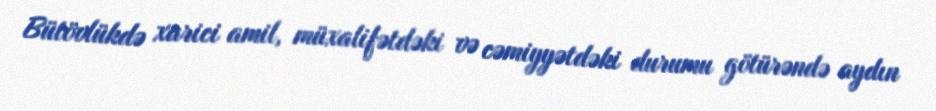
Bütövlükdə xarici amil, müxalifətdəki və cəmiyyətdəki durumu götürəndə aydın